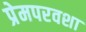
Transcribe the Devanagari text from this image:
प्रेमपरवशा